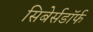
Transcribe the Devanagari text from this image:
सिबेर्सडॉर्फ